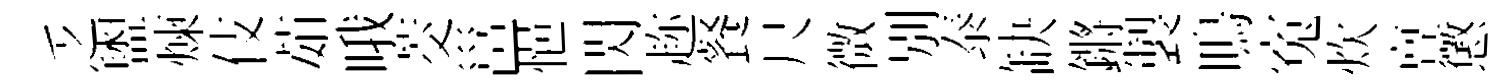
乏盥煉伎茹哦茭邕悒閃趂餐尺微别泰缺鏘製鳴寃炊亶懲